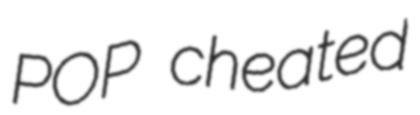
POP cheated